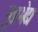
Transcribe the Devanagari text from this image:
सुप्रभेद।